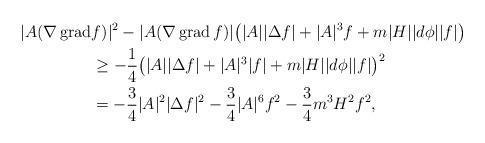
LaTeX: \begin{align*}|A(\nabla\operatorname{grad}& f)|^2-|A(\nabla\operatorname{grad} f)|\big(|A||\Delta f|+|A|^3f+m|H||d\phi||f|\big) \\&\geq-\frac{1}{4}\big(|A||\Delta f|+|A|^3|f|+m|H||d\phi||f|\big)^2\\&=-\frac{3}{4}|A|^2|\Delta f|^2-\frac{3}{4}|A|^6f^2-\frac{3}{4}m^3H^2f^2,\end{align*}